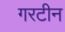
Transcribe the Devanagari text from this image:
गरटीन